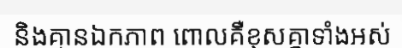
និងគ្មានឯកភាព ពោលគឺខុសគ្នាទាំងអស់